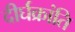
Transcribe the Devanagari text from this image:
दीर्घक्रांति